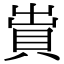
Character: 𧵠